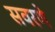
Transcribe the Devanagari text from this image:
सवरणे